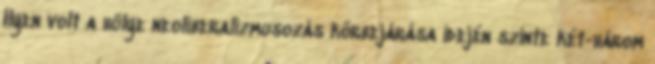
Ilyen volt a hülye neoliberalizmusozás körbejárása idején szinte két-három